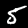
Label: 5